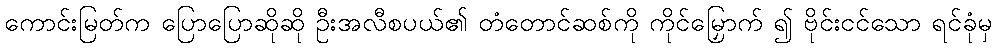
ကောင်းမြတ်က ပြောပြောဆိုဆို ဦးအလီစပယ်၏ တံတောင်ဆစ်ကို ကိုင်မြှောက် ၍ ဗိုင်းငင်သော ရင်ခုံမှ